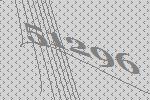
51296